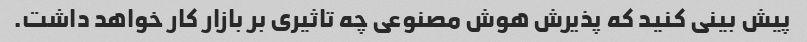
پیش بینی کنید که پذیرش هوش مصنوعی چه تاثیری بر بازار کار خواهد داشت.